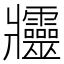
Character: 𤖦